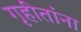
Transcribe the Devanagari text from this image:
गृहीतांना